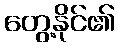
တွေ့နိုင်၏